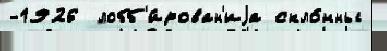
-1926  лобб'и́рован'иjа скло́нны